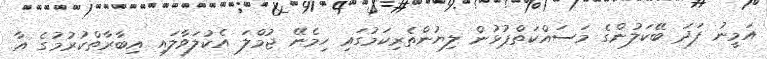
އަމީނު ފަދަ ބޭކަލުންގެ މަސައްކަތްޕުޅުން ލިޔުންތެރިކަމުގައި ހިމެނޭ ޖުމްލަ އެކުލަވާލައި އިބާރާތްކުރުމުގެ އާ